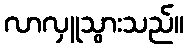
လာလှူသွားသည်။